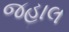
જહાલ